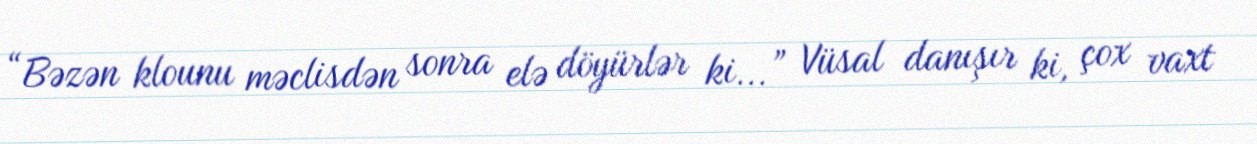
“Bəzən klounu məclisdən sonra elə döyürlər ki...” Vüsal danışır ki, çox vaxt